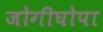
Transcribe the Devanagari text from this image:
जोगीघोपा